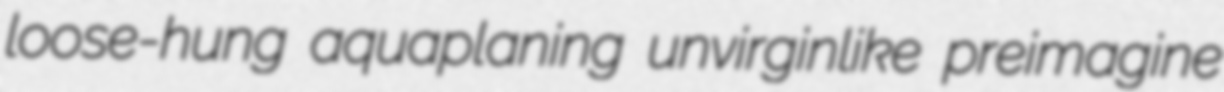
loose-hung aquaplaning unvirginlike preimagine